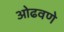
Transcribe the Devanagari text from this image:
ओढवणे